Scottish Certificate of Education, 1963
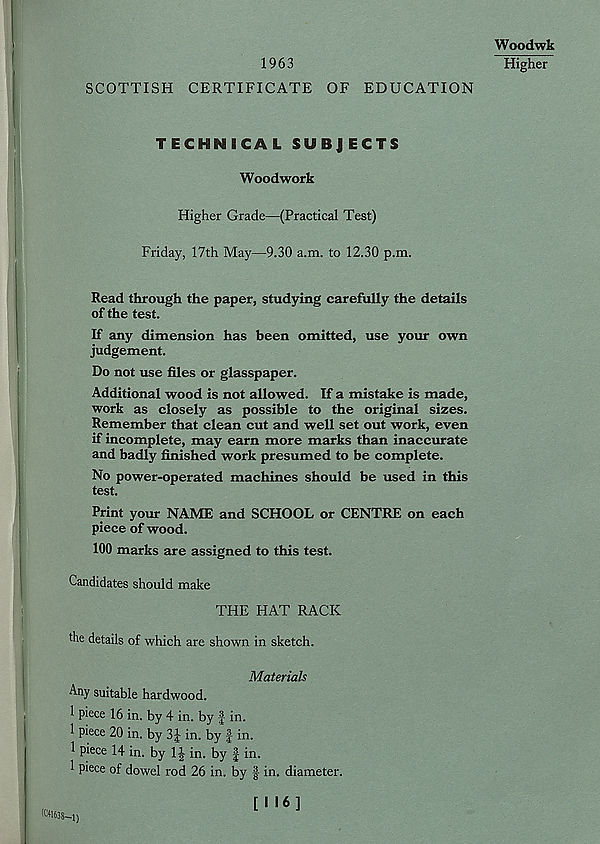
1963
SCOTTISH CERTIFICATE OF EDUCATION
Woodwk
Higher
TECHNICAL SUBJECTS
Woodwork
Higher Grade—(Practical Test)
Friday, 17th May—9.30 a.m. to 12.30 p.m.
Read through the paper, studying carefully the details
of the test.
If any dimension has been omitted, use your own
judgement.
Do not use files or glasspaper.
Additional wood is not allowed. If a mistake is made,
work as closely as possible to the original sizes.
Remember that clean cut and well set out work, even
if incomplete, may earn more marks than inaccurate
and badly finished work presumed to be complete.
No power-operated machines should be used in this
test.
Print your NAME and SCHOOL or CENTRE on each
piece of wood.
100 marks are assigned to this test.
Candidates should make
THE HAT RACK
the details of which are shown in sketch.
Materials
Any suitable hardwood.
1 piece 16 in. by 4 in. by f in.
1 piece 20 in. by 3J in. by f in.
1 piece 14 in. by 1J in. by f in.
1 piece of dowel rod 26 in. by § in. diameter.
( c tl638-i)
[ I 16]